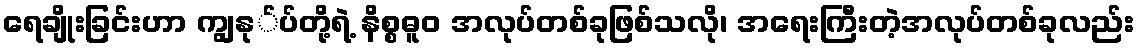
ရေချိုးခြင်းဟာ ကျွနု်ပ်တို့ရဲ့ နိစ္စဓူဝ အလုပ်တစ်ခုဖြစ်သလို၊ အရေးကြီးတဲ့အလုပ်တစ်ခုလည်း